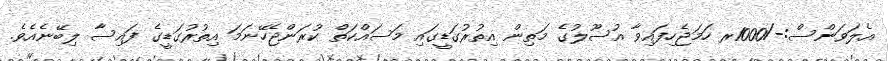
އެލަވަންސް:-/1000ރ ހަމަޖެހިފައިވާ އުސޫލުގެ މަތިން އިތުރުގަޑީގައި މަސައްކަތް ކުރަންޖެހޭނަމަ އިތުރުގަޑީގެ ފައިސާ ލިބޭނެއެވެ.